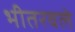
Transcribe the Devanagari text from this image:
भीतरवले